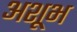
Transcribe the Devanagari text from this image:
अशूभ